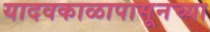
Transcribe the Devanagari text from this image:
यादवकाळापासूनच्या